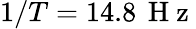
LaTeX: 1/T=14.8\, \mathrm{~H~z~}